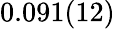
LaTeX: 0.091(12)